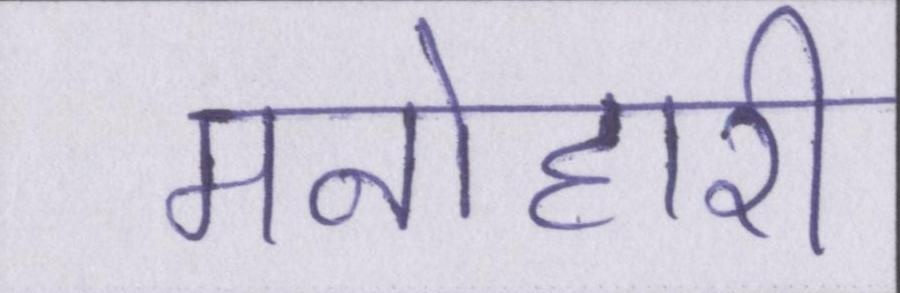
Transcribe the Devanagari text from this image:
मनोहारी